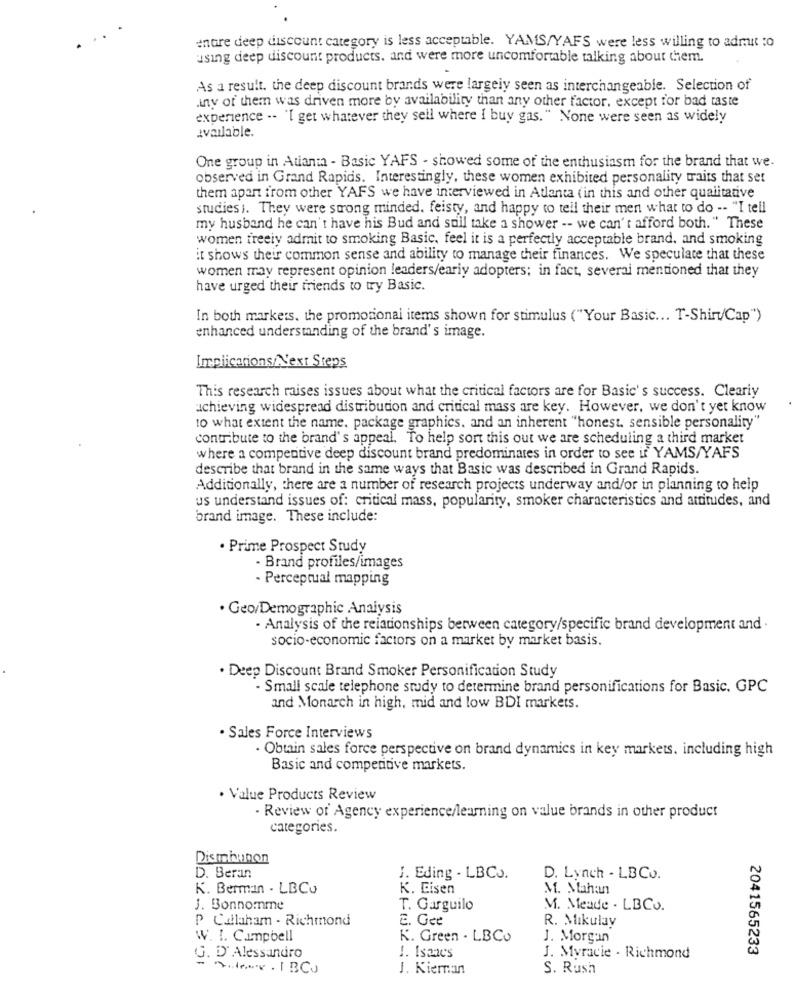
enore deep discount category is less acceptable. YAMS/YAFS were less willing to admit to
using deep discount products. and were more uncomfortable talking about chem.
As a result. the deep discount brands were largeiy seen as interchangeable. Selection of
any of them was driven more by availability than any other factor, except for bad taste
experience .. "I get whatever they sell where I buy gas." None were seen as widely
available.
One group in Atlanta - Basic YAFS - showed some of the enthusiasm for the brand that we.
observed in Grand Rapids. Interestingly, these women exhibited personality traits that set
them apart from other YAFS we have interviewed in Atlanta (in this and other qualitative
studies). They were strong minded. feisty, and happy to tell their men what to do -- "I tell
my husband he can't have his Bud and still take a shower -- we can't afford both." These
women freeiy admit to smoking Basic, feel it is a perfectly acceptable brand, and smoking
it shows their common sense and ability to manage their finances. We speculate that these
women may represent opinion leaders/early adopters; in fact, several mentioned that they
have urged their friends to try Basic.
In both markers. the promotional items shown for stimulus ("Your Basic ... T-Shir/Cap")
enhanced understanding of the brand's image.
Implications/Next Steps
This research raises issues about what the critical factors are for Basic's success. Clearly
achieving widespread distribution and critical mass are key. However, we don't yet know
to what extent the name. package graphics. and an inherent "honest, sensible personality"
contribute to the brand's appeal. To help sort this out we are scheduling a third market
where a competitive deep discount brand predominates in order to see if YAMS/YAFS
describe that brand in the same ways that Basic was described in Grand Rapids.
Additionally, there are a number of research projects underway and/or in planning to help
us understand issues of: critical mass, popularity, smoker characteristics and attitudes, and
brand image. These include:
· Prime Prospect Study
- Brand profiles/images
- Perceptual mapping
· Geo/Demographic Analysis
- Analysis of the relationships between category/specific brand development and .
socio-economic factors on a market by market basis.
. Deep Discount Brand Smoker Personification Study
- Small scale telephone study to determine brand personifications for Basic. GPC
and Monarch in high, mid and low BDI markets.
· Sales Force Interviews
· Obtain sales force perspective on brand dynamics in key markets. including high
Basic and competitive markets.
· Value Products Review
- Review of Agency experience/learning on value brands in other product
categories.
Disminunon
D. Beran
J. Eding . LBC ..
D. Lynch - LBCo.
K. Berman . LBCu
K. Eisen
M. Mahan
J. Bonnomme
T. Garguilo
M. Meade - LBCo.
P Callaham - Richmond
c. Gee
R. Mikulay
W. I. C.umpoell
K. Green - LBCo
J. Morgan
2041565233
G. D' Alessandro
1. Isaacs
J. Myracie - Richmond
Andree . I BC.
J. Kiernan
S. Rush